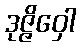
ဒုဇ္ဇိဝှေါ